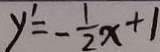
y ^ { \prime } = - \frac { 1 } { 2 } x + 1